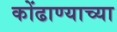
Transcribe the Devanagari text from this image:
कोंढाण्याच्या